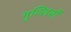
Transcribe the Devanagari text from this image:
गुल्लियों